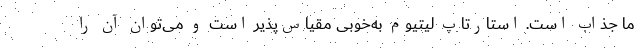
ما جذاب است. استارتاپ لیتیوم به‌خوبی مقیاس‌پذیر است و می‌توان آن را